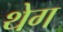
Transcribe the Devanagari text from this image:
थेग